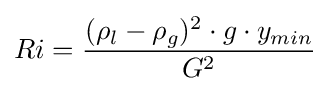
Ri={\frac {(\rho _{l}-\rho _{g})^{2}\cdot g\cdot y_{min}}{G^{2}}}